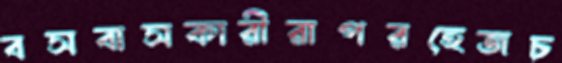
বসবাসকারীরাপরহেজচ